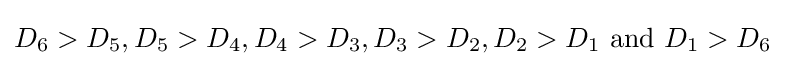
D_{6}>D_{5},D_{5}>D_{4},D_{4}>D_{3},D_{3}>D_{2},D_{2}>D_{1}\ {\text{and}}\ D_{1}>D_{6}